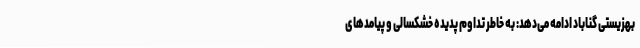
بهزیستی گناباد ادامه می‌دهد: به خاطر تداوم پدیده خشکسالی و پیامد‌های